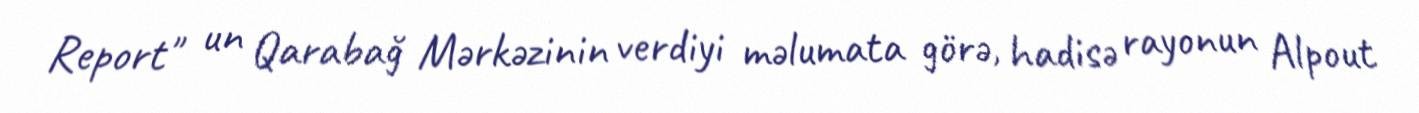
Report" un Qarabağ Mərkəzinin verdiyi məlumata görə, hadisə rayonun Alpout